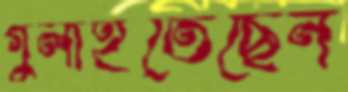
গুলাইতেছেন